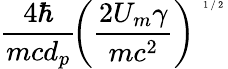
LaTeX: \frac{4\hbar}{mcd_{p}}\! \left(\frac{2U_{m}\gamma}{mc^{2}}\right)^{\mathrm{~\tiny~1~/~2~}}